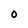
Character: 0